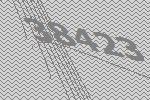
38423